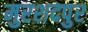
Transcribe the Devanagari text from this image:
मुरशदपुर